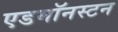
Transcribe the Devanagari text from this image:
एडमॉनस्टन